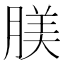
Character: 𦝺